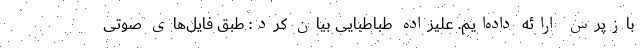
بازپرس ارائه داده‌ایم. علیزاده طباطبایی بیان کرد: طبق فایل‌های صوتی